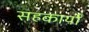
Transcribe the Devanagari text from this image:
सहकार्यों